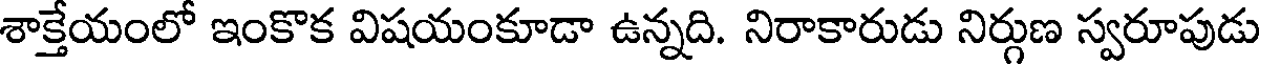
శాక్తేయంలో ఇంకొక విషయంకూడా ఉన్నది. నిరాకారుడు నిర్గుణ స్వరూపుడు